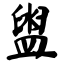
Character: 盥